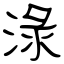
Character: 淥